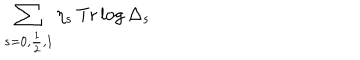
\sum _ { s = 0 , \frac { 1 } { 2 } , 1 } \eta _ { s } \, \mathrm { T r } \log \Delta _ { s }